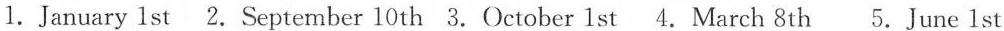
1.January 1 st 2.September 10 th 3. October 1 st 4.March 8th 5.June 1 st